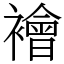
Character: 襘